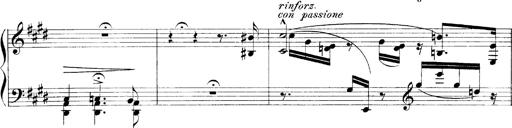
Title: LiebestrÃ¤ume
Composer: Franz Behr
Key: E-flat major